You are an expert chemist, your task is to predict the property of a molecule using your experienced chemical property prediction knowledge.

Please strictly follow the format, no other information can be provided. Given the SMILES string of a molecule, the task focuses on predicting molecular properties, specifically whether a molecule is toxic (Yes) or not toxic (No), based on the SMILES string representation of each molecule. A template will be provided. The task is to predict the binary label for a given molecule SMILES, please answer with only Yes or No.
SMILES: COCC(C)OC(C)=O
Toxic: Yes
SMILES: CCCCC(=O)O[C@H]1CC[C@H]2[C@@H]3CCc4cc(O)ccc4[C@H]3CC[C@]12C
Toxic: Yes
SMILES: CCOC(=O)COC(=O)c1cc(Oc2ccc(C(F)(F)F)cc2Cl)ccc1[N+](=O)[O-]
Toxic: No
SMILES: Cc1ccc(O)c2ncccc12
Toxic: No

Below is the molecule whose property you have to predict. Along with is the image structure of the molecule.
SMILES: Cc1cc(O)cc2c1O[C@](C)(CCC[C@H](C)CCC[C@H](C)CCCC(C)C)CC2
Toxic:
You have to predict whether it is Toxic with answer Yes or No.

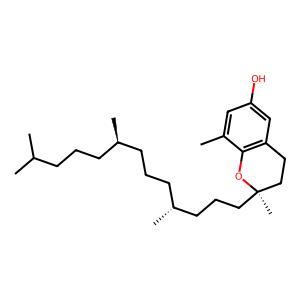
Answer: No